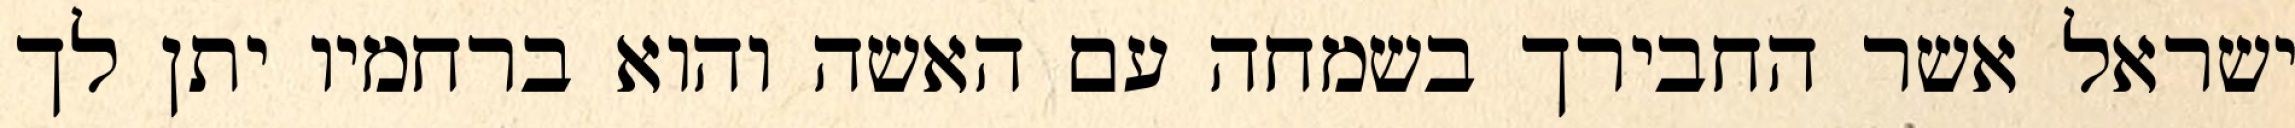
ישראל אשר החבירך בשמחה עם האשה והוא ברחמיו יתן לך